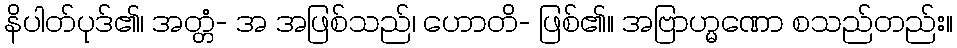
နိပါတ်ပုဒ်၏၊ အတ္တံ- အ အဖြစ်သည်၊ ဟောတိ- ဖြစ်၏။ အဗြာဟ္မဏော စသည်တည်း။